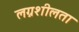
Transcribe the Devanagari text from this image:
लग्नशीलता